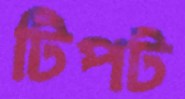
টিপট